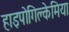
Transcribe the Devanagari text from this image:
हाइपोगिल्केमिया